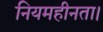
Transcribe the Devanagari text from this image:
नियमहीनता।